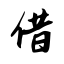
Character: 借